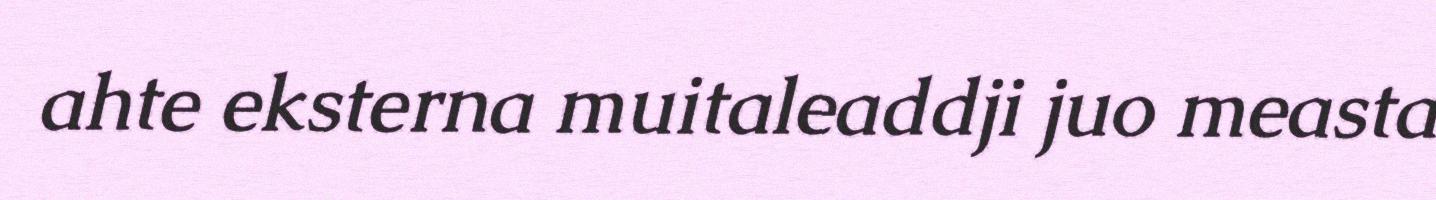
ahte eksterna muitaleaddji juo measta